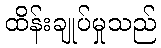
ထိန်းချုပ်မှုသည်